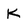
Character: K